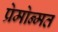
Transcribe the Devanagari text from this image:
प्रेमोन्मत